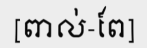
[ពាល់-ពែ]